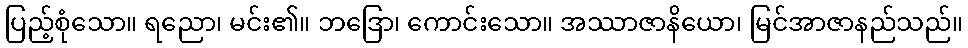
ပြည့်စုံသော။ ရညော၊ မင်း၏။ ဘဒြော၊ ကောင်းသော။ အဿာဇာနိယော၊ မြင်အာဇာနည်သည်။